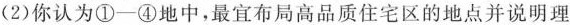
(2)你认为①-④地中，最宜布局高品质住宅区的地点并说明理